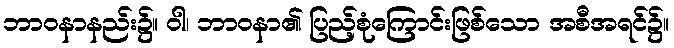
ဘာဝနာနည်း၌။ ဝါ၊ ဘာဝနာ၏ ပြည့်စုံကြောင်းဖြစ်သော အစီအရင်၌။